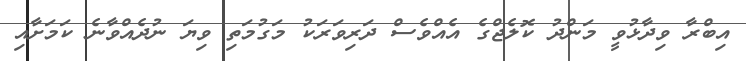
އިބްރާ ވިދާޅުވީ މަންދު ކޮލެޖްގެ އެެއްވެސް ދަރިވަރަކު މަގުމަތި ވިޔަ ނުދެއްވާނެ ކަމަށާއި